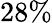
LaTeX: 28\%